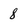
Character: 8